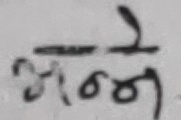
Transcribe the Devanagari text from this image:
अन्न्ने